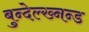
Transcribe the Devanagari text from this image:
बुन्देल्ख्नन्ड